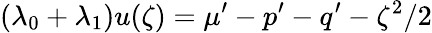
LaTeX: (\lambda_{0}+\lambda_{1})u(\zeta)=\mu^{\prime}-p^{\prime}-q^{\prime}-\zeta^{2}/2